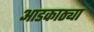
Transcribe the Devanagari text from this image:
आडकाठ्या